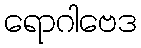
ရောဂါဗေဒ